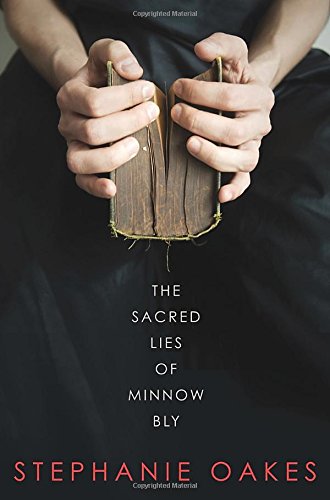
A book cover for The Sacred Lies of Minnow Bly; Stephanie Oakes; Teen & Young Adult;